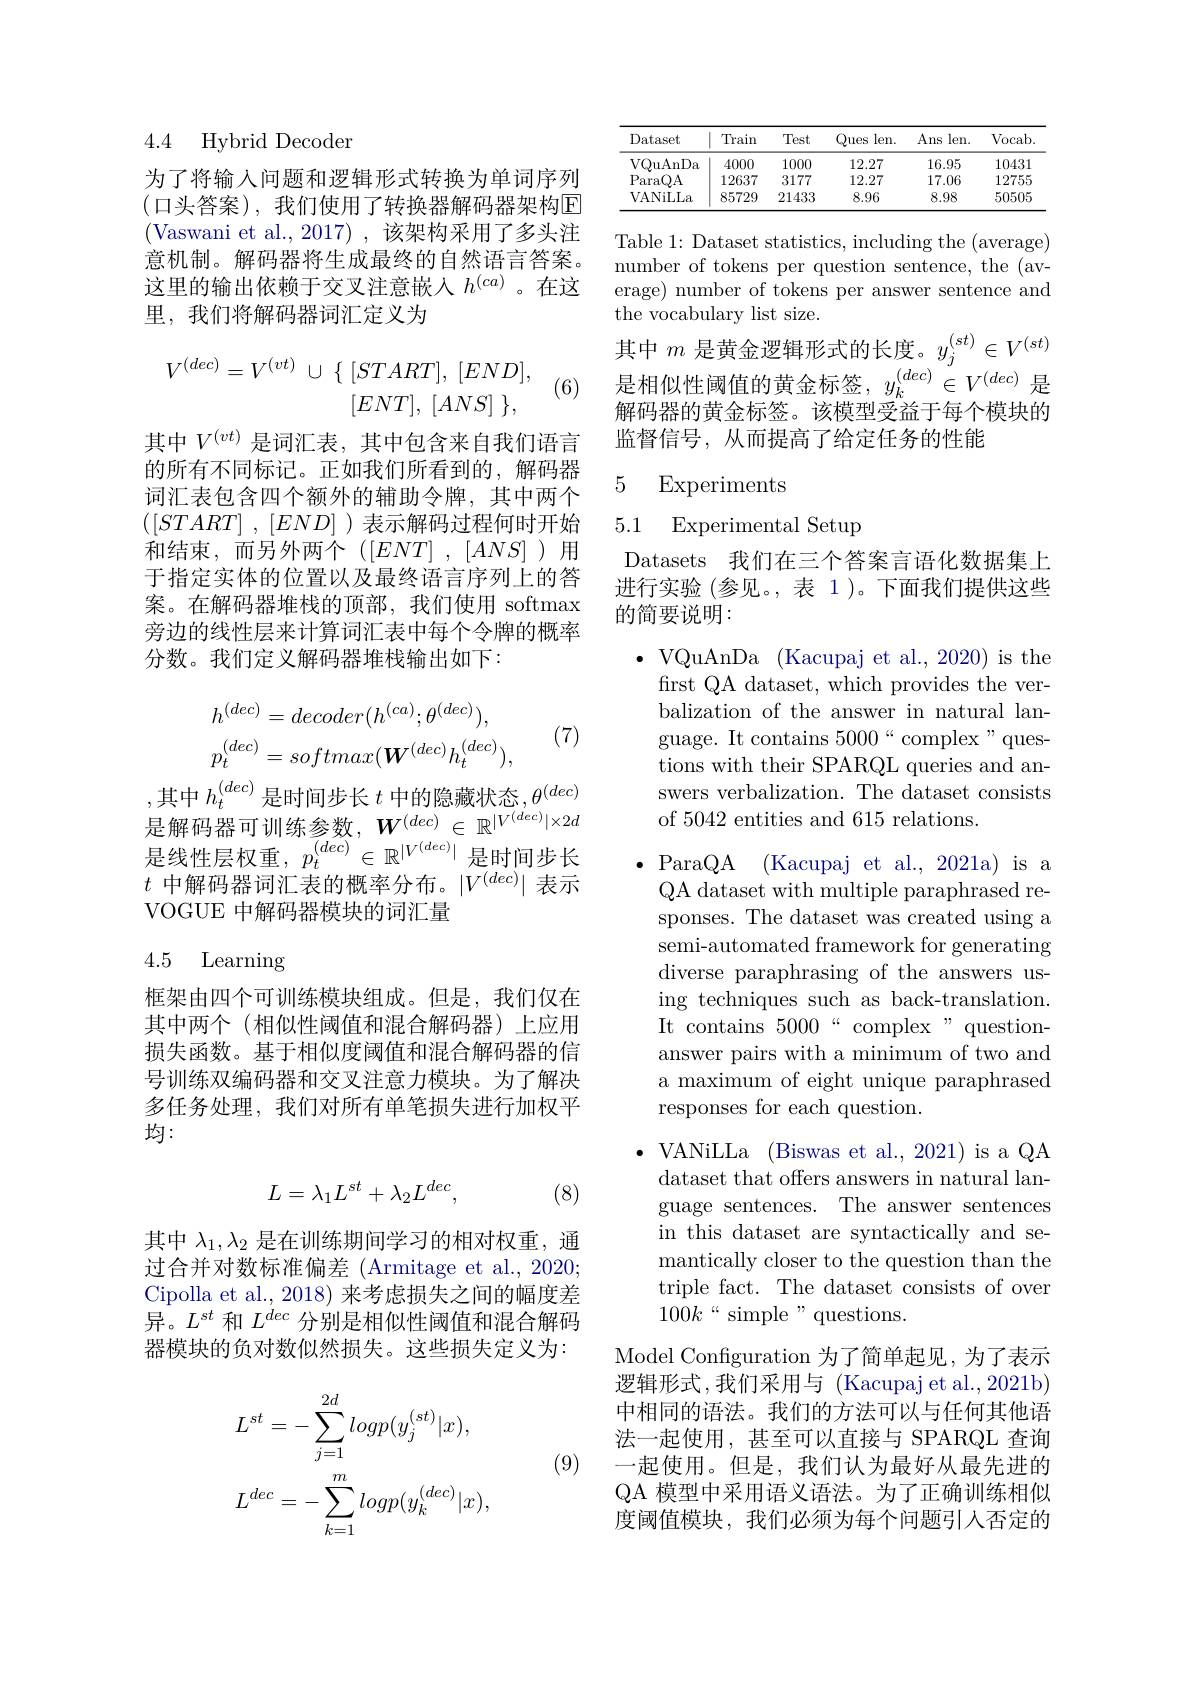
4.4 Hybrid Decoder

为了将输入问题和逻辑形式转换为单词序列(口头答案),我们使用了转换器解码器架构$\mathbb{E}$ (Vaswani et al.,2017),该架构采用了多头注意机制。解码器将生成最终的自然语言答案。这里的输出依赖于交叉注意嵌入$h^{(ca)}$。在这里，我们将解码器词汇定义为
$$V^{(dec)}=V^{(vt)}\:\cup\:\{\:,\:,\\[ENT],\:[ANS]\:\},$$
其中$V^{(vt)}$是词汇表，其中包含来自我们语言的所有不同标记。正如我们所看到的，解码器词汇表包含四个额外的辅助令牌，其中两个( , )表示解码过程何时开始和结束，而另外两个([ENT],[ANS])用于指定实体的位置以及最终语言序列上的答案。在解码器堆栈的顶部，我们使用 softmax 旁边的线性层来计算词汇表中每个令牌的概率分数。我们定义解码器堆栈输出如下：
$$h^{(dec)}=decoder(h^{(ca)};\theta^{(dec)}),\\p_{t}^{(dec)}=softmax(\boldsymbol{W}^{(dec)}h_{t}^{(dec)}),$$
(7)

,其中 $h_t^{(dec)}$ 是时间步长 $t$ 中的隐藏状态$,\theta^(dec)$ 是 解 码 器 可 训 练 参 数 , $\boldsymbol{W}^{( dec) }\in \mathbb{R} ^{| V^{( dec) }| \times 2d}$ 是 解 码 器 可 训 练 参 数 , $\boldsymbol{W}^{( dec) }\in \mathbb{R} ^{| V^{( dec) }| \times 2d}$ 是线性层权重$,p_t^{(dec)}\in\mathbb{R}^{|V^{(dec)}|}$是时间步长$t$中解码器词汇表的概率分布。$|V^(dec)|$表示VOGUE 中解码器模块的词汇量

### 4.5 Learning

框架由四个可训练模块组成。但是，我们仅在其中两个(相似性阈值和混合解码器)上应用损失函数。基于相似度阈值和混合解码器的信号训练双编码器和交叉注意力模块。为了解决多任务处理，我们对所有单笔损失进行加权平均：
$$L=\lambda_1L^{st}+\lambda_2L^{dec},$$
(8)

其中$\lambda_1,\lambda_2$是在训练期间学习的相对权重，通过合并对数标准偏差(Armitage et al.,2020; Cipolla et al., 2018) 来考虑损失之间的幅度差异。$L^{st}$和$L^{dec}$分别是相似性阈值和混合解码器模块的负对数似然损失。这些损失定义为：

(9)
$$\begin{aligned}&L^{st}=-\sum_{j=1}^{2d}logp(y_{j}^{(st)}|x),\\&L^{dec}=-\sum_{k=1}^{m}logp(y_{k}^{(dec)}|x),\end{aligned}$$
<table>
	<tbody>
		<tr>
			<th>Dataset</th>
			<th>Train</th>
			<th>Test</th>
			<th>Ques len. </th>
			<th>Ans len. </th>
			<th>Vocab</th>
		</tr>
		<tr>
			<td>VQuAnDa</td>
			<td>4000</td>
			<td>1000</td>
			<td>12.27</td>
			<td>16.95</td>
			<td>10431</td>
		</tr>
		<tr>
			<td>ParaQA</td>
			<td>12637</td>
			<td>3177</td>
			<td>12.27</td>
			<td>17.06</td>
			<td>12755</td>
		</tr>
		<tr>
			<td>VANiLLa</td>
			<td>85729</td>
			<td>21433</td>
			<td>8.96</td>
			<td>8.98</td>
			<td>50505</td>
		</tr>
	</tbody>
</table>

Table 1: Dataset statistics, including the (average) number of tokens per question sentence, the (average) number of tokens per answer sentence and the vocabulary list size.
其中$m$是黄金逻辑形式的长度。$y_j^{(st)}\in V^{(st)}$ (6) 是相似性阈值的黄金标签$,y_k^{(dec)}\in V^{(dec)}$是
解码器的黄金标签。该模型受益于每个模块的
监督信号，从而提高了给定任务的性能

### 5 Experiments

5.1 Experimental Setup

Datasets 我们在三个答案言语化数据集上进行实验 (参见。,表 1)。下面我们提供这些的简要说明：

$\bullet$VQuAnDa$\allowbreak ( {\mathrm{mod}} $Kacupaj et al. , 2020) is the)
first QA dataset, which provides the verbalization of the answer in natural language. It contains $5000“$complex"questions with their SPARQL queries and answers verbalization. The dataset consists of 5042 entities and 615 relations.

$\bullet$ParaQA ( $Kacupaj et al. , 2021a) is a$ QA dataset with multiple paraphrased responses. The dataset was created using a semi-automated framework for generating diverse paraphrasing of the answers using techniques such as back-translation. It contains $5000“$ complex" questionanswer pairs with a minimum of two and a maximum of eight unique paraphrased responses for each question.

$\bullet$ VANiLLa (Biswas et al., 2021) is a QA
dataset that offers answers in natural language sentences. The answer sentences in this dataset are syntactically and semantically closer to the question than the triple fact. The dataset consists of over $100k``$simple" questions.

Model Configuration 为了简单起见，为了表示逻辑形式，我们采用与 (Kacupaj et al., 2021b) 中相同的语法。我们的方法可以与任何其他语法一起使用，甚至可以直接与 SPARQL 查询一起使用。但是，我们认为最好从最先进的QA 模型中采用语义语法。为了正确训练相似度阈值模块，我们必须为每个问题引人否定的